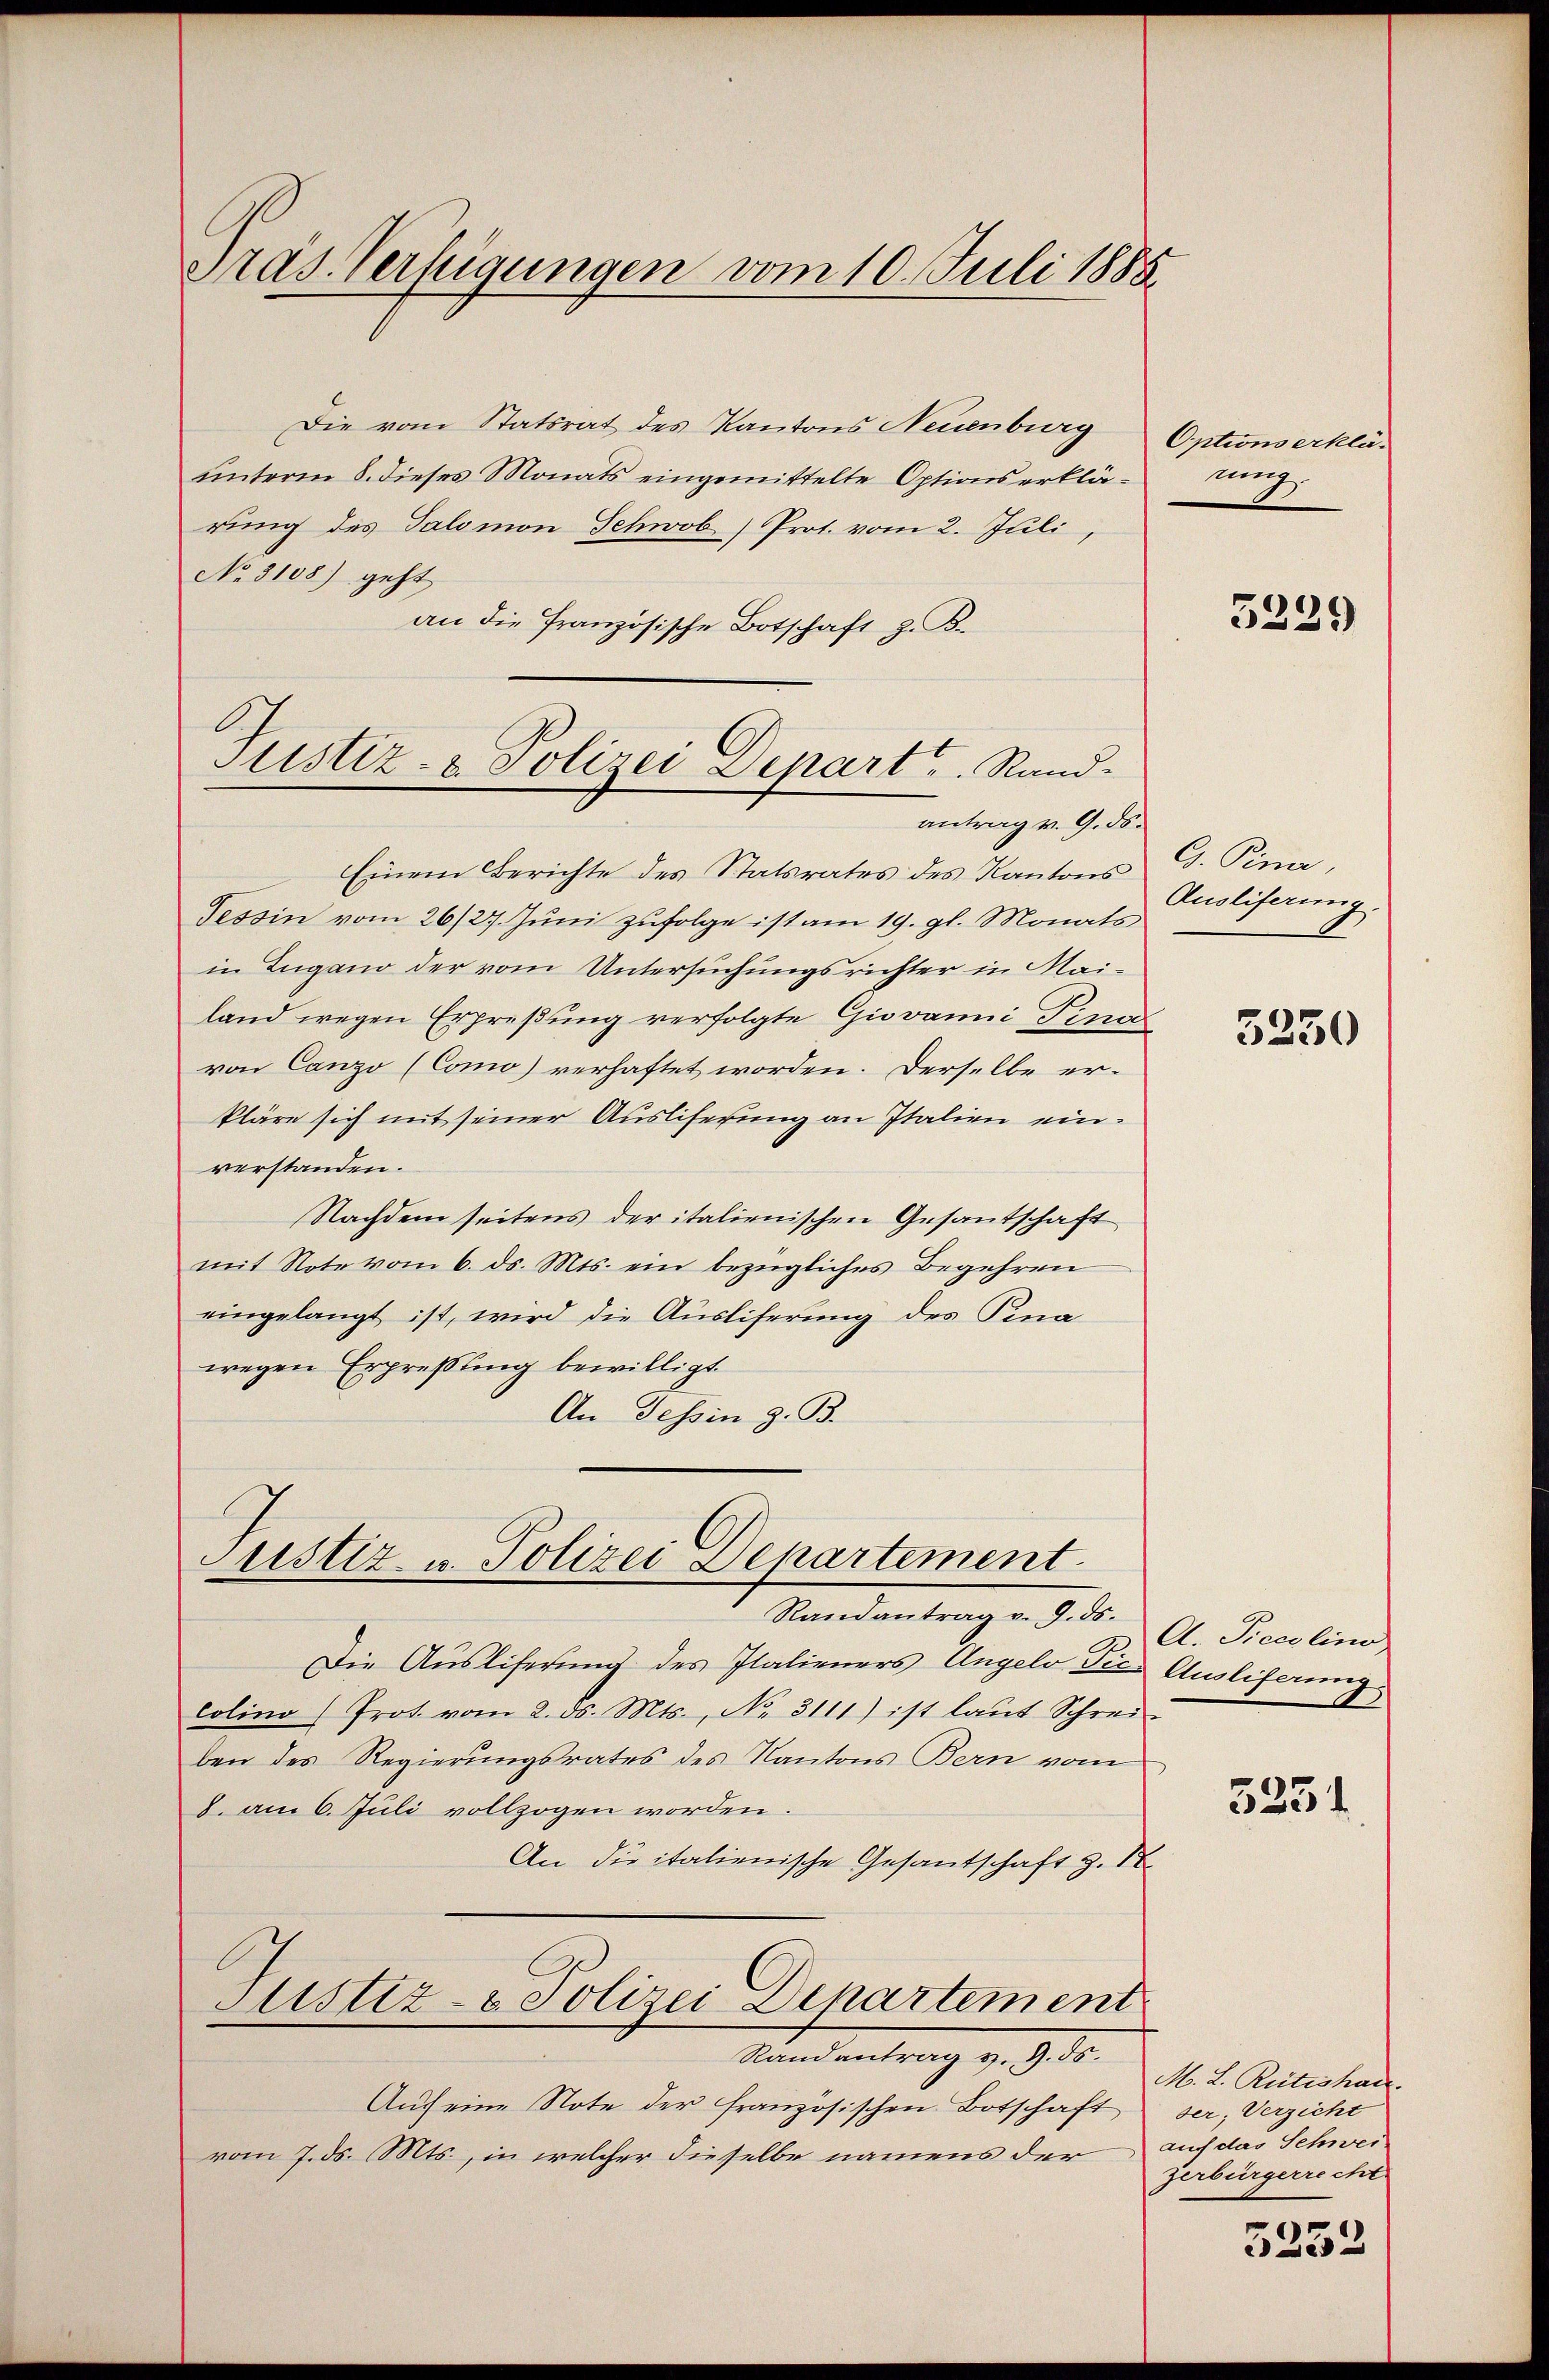
Tras. Verfügungen vom 10. Juli 1888.

Die vom Statsrat des Kantons Neuenburg
unterm 8. dieses Monats eingemittelte Optionserklär
rung des Salomon Schwob) Prot. vom 2. Juli,
No. 3108) geht
an die französische Botschaft z. B.

Justiz- & Polizei Depart. Rand-

Justiz- u. Polizei Departement

Einem Berichte des Statsrates des Kantons G. Pina,
Tessin vom 26/27. Jŭni zŭfolge ist am 19. gl. Monats
in Zugano der vom Untersuchungsrichter in Mailand wegen Erpreßung verfolgte Giovanni Fina
von Canzo (Como) verhaftet worden. Derselbe erkläre sich mit seiner Auslieferung an Italien einverstanden.
Nachdem seitens der italienischen Gesantschaft
mit Note vom 6. ds. Mts. ein bezügliches Begehren
eingelangt ist, wird die Ausliferung des Pena
wegen Erpressung bewilligt.
An Tessin z. B.

antrag v. 9. ds.

Randantrag v. 9. ds.

Die Ausliferung des Italieners Angelo Die Ausliferung
Colino Prot vom 2. ds. Mts., No. 3111) ist laut Schrei-
ben des Regierungsrates des Kantons Bern vom
8. am 6. Juli vollzogen worden.
An die italienische Gesantschaft z. S.
Justiz- & Polizei Departement
Randantrag z. Z. 55.
Auf eine Note der französischen Botschaft
vom 7. ds. Mts., in welcher dieselbe namens der

Options erklätung
u

3229

Ausliferung.

3230

A. Piecelino,

5251

M. L. Rütishar.
der; Verzicht
auch das Schwei
zerbürgerrecht.

3252